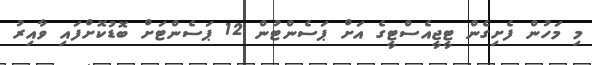
މި މަހުން ފެށިގެން ޓީޖީއެސްޓީގެ އަށް ޕަސެންޓުން 12 ޕަސެންޓަށް ބޮޑުކޮށްފައި ވާއިރު